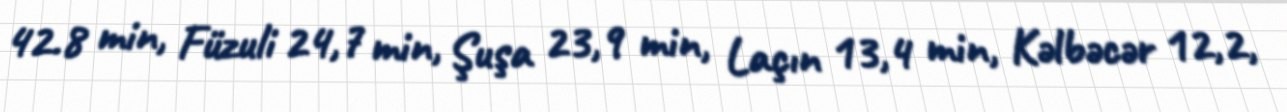
42.8 min, Füzuli 24,7 min, Şuşa 23,9 min, Laçın 13,4 min, Kəlbəcər 12,2,